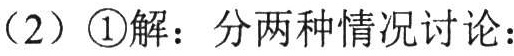
（2）\textcircled{1}解：分两种情况讨论：